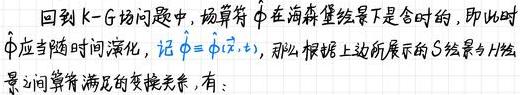
回到 $\mathrm{K}-\mathrm{G}$ 问题中, 场算符 $\hat{\phi}$ 在海森堡绘景下是含时的, 即此时 $\hat{\phi}$ 应当随时间演化, 记 $\hat{\phi}=\hat{\phi}(\vec{x}, t)$, 那么根据上边所展示的 $S$ 绘景与 $H$ 绘景之间算符满足的变换关系, 有: